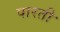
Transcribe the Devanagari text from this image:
पारती